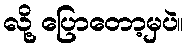
လို့ ပြောတော့မှပဲ။